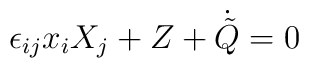
\epsilon_{ij} x_iX_j + Z + \dot {\tilde Q} = 0